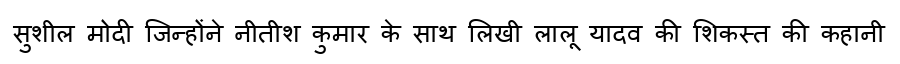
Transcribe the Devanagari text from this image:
सुशील मोदी जिन्होंने नीतीश कुमार के साथ लिखी लालू यादव की शिकस्त की कहानी